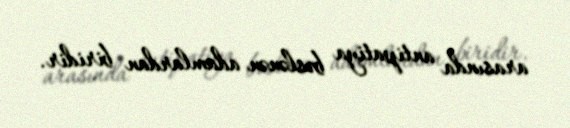
arasında antipatiya bəslənən adamlardan biridir.